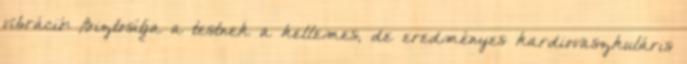
vibráció: Biztosítja a testnek a kellemes, de eredményes kardiovaszkuláris